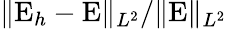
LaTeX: \| {\mathrm{E}}_{h}-{\mathrm{E}}\| _{L^{2}}/\| \mathrm{E}\| _{L^{2}}